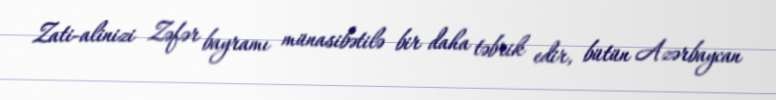
Zati-alinizi Zəfər bayramı münasibətilə bir daha təbrik edir, bütün Azərbaycan